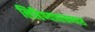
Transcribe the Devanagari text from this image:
लिहिण्यावाचण्यास